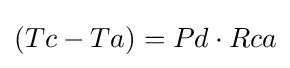
(Tc-Ta)=Pd\cdot Rca